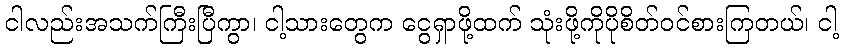
ငါလည်းအသက်ကြီးပြီကွာ၊ ငါ့သားတွေက ငွေရှာဖို့ထက် သုံးဖို့ကိုပိုစိတ်ဝင်စားကြတယ်၊ ငါ့